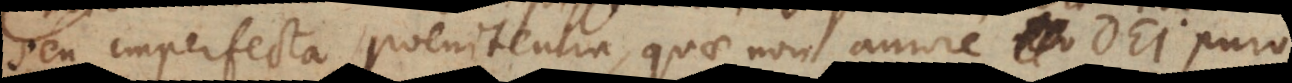
seu imperfecta poenitentia, quae non amore Dei